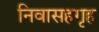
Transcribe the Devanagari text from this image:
निवासहगृह